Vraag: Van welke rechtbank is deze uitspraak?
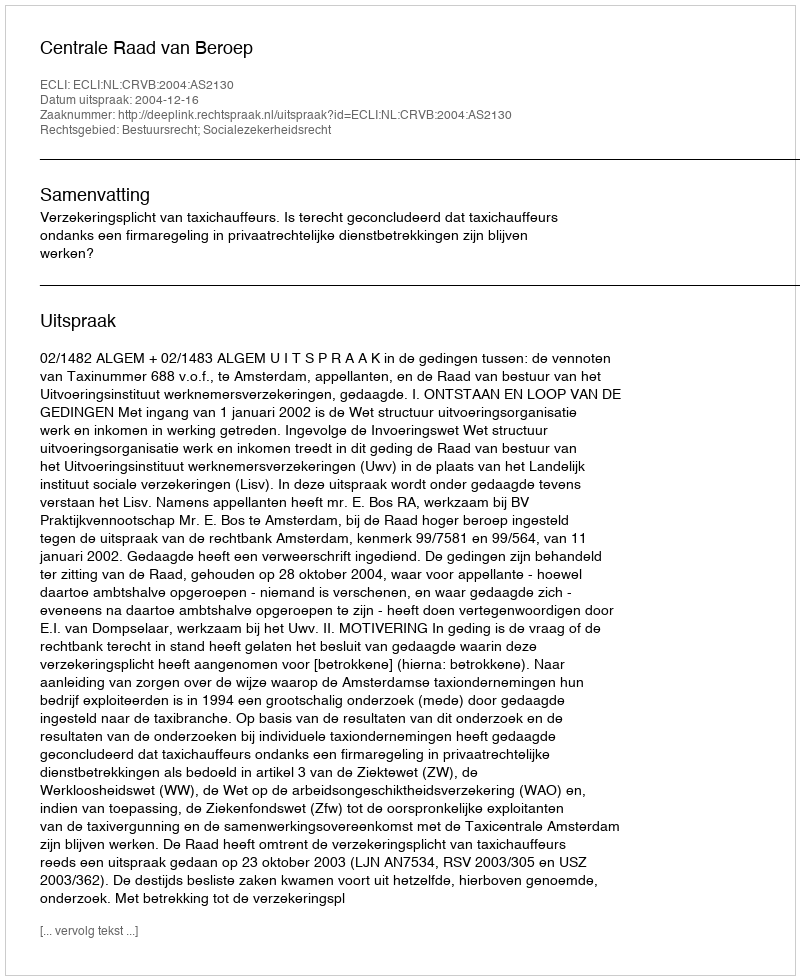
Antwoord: Centrale Raad van Beroep